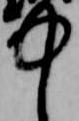
中